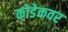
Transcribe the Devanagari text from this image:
कोडेकवर